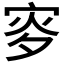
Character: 𡨝